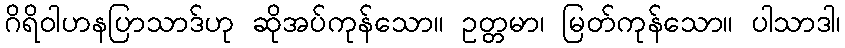
ဂိရိဝါဟနပြာသာဒ်ဟု ဆိုအပ်ကုန်သော။ ဥတ္တမာ၊ မြတ်ကုန်သော။ ပါသာဒါ၊